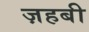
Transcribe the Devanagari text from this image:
ज़हबी